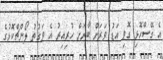
އެ ގޭސްހޮޅި ގޮވި އަޑު ވަރަށް ބާރަށް ހުރިއިރު އެ ވަގުތު ލޯންޗްކޮޅުގެ